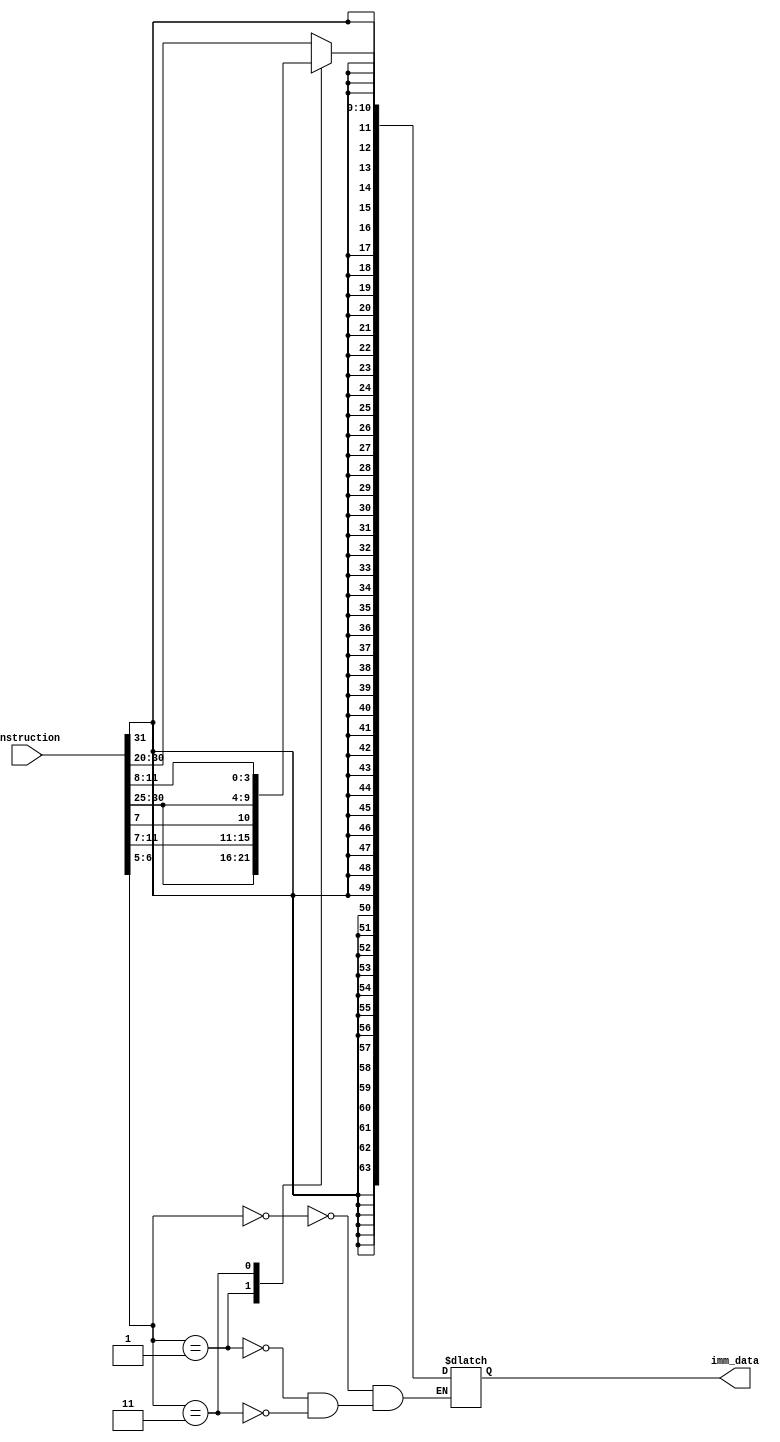
`timescale 1ns / 1ps

module immediate_data(
    input [31:0] instruction,
    output reg [63:0] imm_data
    );
    wire [1:0] selbit ;
    reg [11:0] i_imm;
    reg [11:0] s_imm;
    reg [11:0] sb_imm;
    assign selbit = instruction[6:5];
    
    always@(instruction)
    begin
    case(selbit)
    2'b00:
     begin
     //loading the format
     i_imm = instruction[31:20];
     imm_data = {{52{i_imm[11]}}, i_imm[11:0]};
     end
       
    2'b01: 
    begin
     // storing the format
     s_imm = {instruction[31:25], instruction[11:7]};
     imm_data = {{52{s_imm[11]}}, s_imm[11:0]};
     end
    
    2'b11: 
    begin
    // conditional format
     sb_imm = {instruction[31], instruction[7],instruction[30:25],instruction[11:8]};
     imm_data = {{52{sb_imm[11]}}, sb_imm[11:0]};
     end
   endcase
   end
endmodule